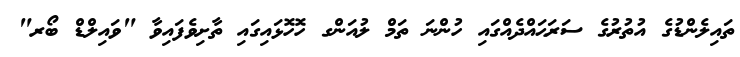
ތައިލެންޑުގެ އުތުރުގެ ސަރަޙައްދެއްގައި ހުންނަ ތަމް ލުއަންގ ހޮހޮޅައިގައި ތާށިވެފައިވާ "ވައިލްޑް ބޯރ"